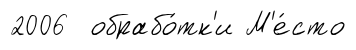
2006 обрабо́тк'и М'е́сто